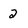
Character: 2